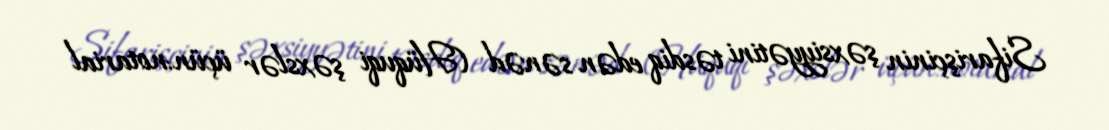
Sifarişçinin şəxsiyyətini təsdiq edən sənəd (Hüquqi şəxslər üçün:notarial